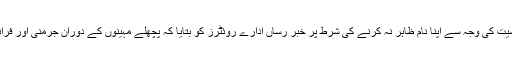
برسلز ميں يورپی يونين کے ايک اعلٰی افسر نے معاملے کی حساسيت کی وجہ سے اپنا نام ظاہر نہ کرنے کی شرط پر خبر رساں ادارے روئٹرز کو بتايا کہ پچھلے مہينوں کے دوران جرمنی اور فرانس نے تمام سطحوں پر اس بارے ميں تفصيلی مذاکرات کيے ہيں۔